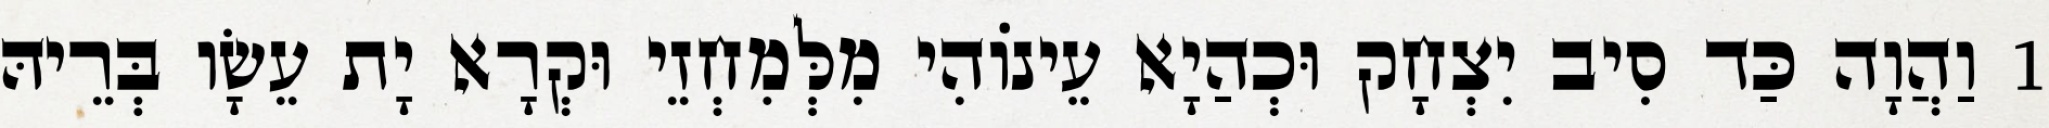
1 וַהֲוָה כַּד סִיב יִצְחָק וּכְהַיָא עֵינוֹהִי מִלְּמִחְזֵי וּקְרָא יָת עֵשָׂו בְּרֵיהּ